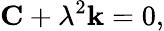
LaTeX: {\mathbf C}+\lambda^{2}{\mathbf k}=0,